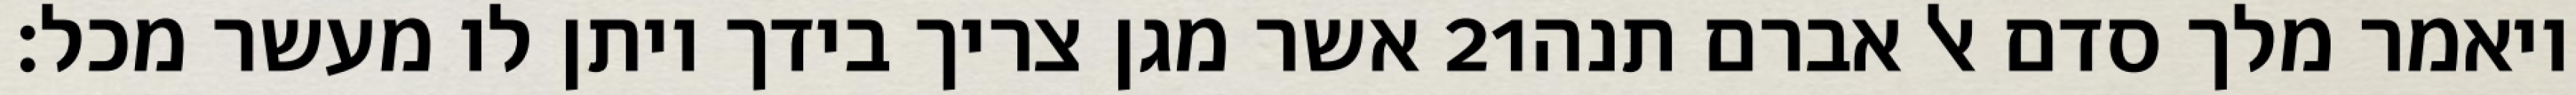
אשר מגן צריך בידך ויתן לו מעשר מכל׃ ‎21‏ ויאמר מלך סדם אל אברם תנה